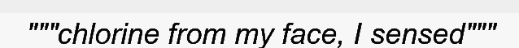
"""chlorine from my face, I sensed"""